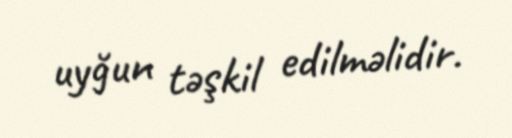
uyğun təşkil edilməlidir.